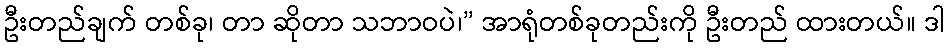
ဦးတည်ချက် တစ်ခု၊ တာ ဆိုတာ သဘာဝပဲ၊” အာရုံတစ်ခုတည်းကို ဦးတည် ထားတယ်။ ဒါ